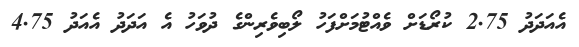
އެއަދަދު 2.75 ކުރޯޑަށް ވެއްޓުމަށްފަހު ލޯބިވެރިންގެ ދުވަހު އެ އަދަދު އެއަދު 4.75